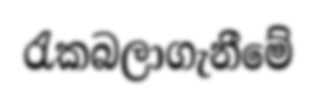
රැකබලාගැනීමේ